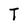
Character: T